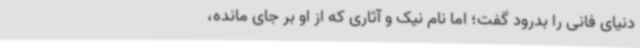
دنیای فانی را بدرود گفت؛ اما نام نیک و آثاری که از او بر جای مانده،